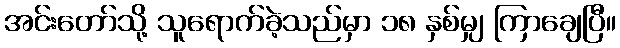
အင်းတော်သို့ သူရောက်ခဲ့သည်မှာ ၁၈ နှစ်မျှ ကြာချေပြီ။